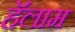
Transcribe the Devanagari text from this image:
हॅलाम